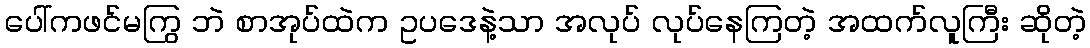
ပေါ်ကဖင်မကြွ ဘဲ စာအုပ်ထဲက ဥပဒေနဲ့သာ အလုပ် လုပ်နေကြတဲ့ အထက်လူကြီး ဆိုတဲ့